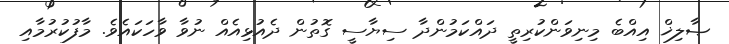
ޞާލިޚް އިއްބެ މިނިވަންކުރިތީ ދައްކަމުންދާ ސިޔާސީ ގޮތުން ދެއުޅިއެއް ނުވާ ވާހަކައެވެ. މާފުކުރުމާއި